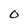
Character: O